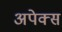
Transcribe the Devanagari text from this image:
अपेक्स